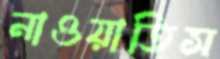
নাওয়াতিস